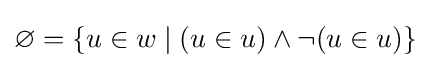
\varnothing =\{u\in w\mid (u\in u)\land \lnot (u\in u)\}